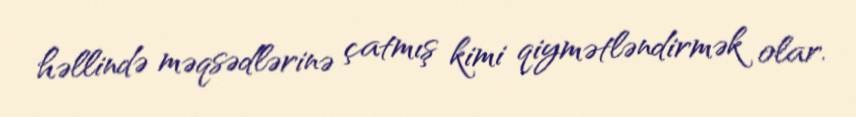
həllində məqsədlərinə çatmış kimi qiymətləndirmək olar.